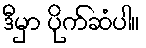
ဒီမှာ ပိုက်ဆံပါ။